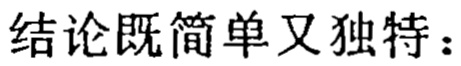
结论既简单又独特：